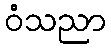
ဝံသညာ